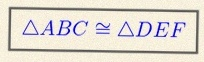
\triangle ABC\cong\triangle DEF